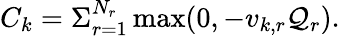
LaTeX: C_{k}=\Sigma_{r=1}^{N_{r}}\operatorname*{max}(0,-v_{k,r}\mathcal{Q}_{r}).